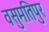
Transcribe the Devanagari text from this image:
वसुमतिपुर